Code of medical and sanitary regulations for the guidance of medical officers serving in the Madras Presidency - Volume I
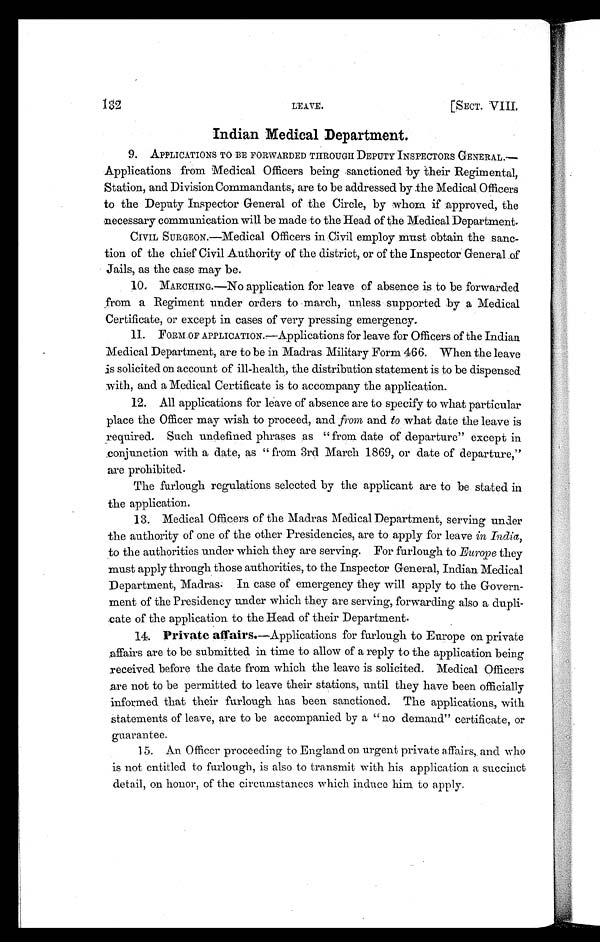
132
LEAVE. [SECT. VIII.
Indian Medical Department.
9. APPLICATIONS TO BE FORWARDED THROUGH DEPUTY INSPECTORS GENERAL.
— A p p l i c a t i o n s f r o m M e d i c a l O f f i c e r s b e i n g s a n c t i o n e d b y t h e i r R e g i m e n t a l ,
Station, and Division Commandants, are to be addressed by the Medical Officers
to the Deputy Inspector General of the Circle, by whom if approved, the
necessary communication will be made to the Head of the Medical Department.
CIVIL SURGEON.—Medical Officers in Civil employ must obtain the sanc-
tion of the chief Civil Authority of the district, or of the Inspector General of
Jails, as the case may be.
10. MARCHING.—No application for leave of absence is to be forwarded
from a Regiment under orders to march, unless supported by a Medical
Certificate, or except in cases of very pressing emergency.
11. FORM OF APPLICATION.—Applications for leave for Officers of the Indian
Medical Department, are to be in Madras Military Form 466. When the leave
is solicited on account of ill-health, the distribution statement is to be dispensed
with, and a Medical Certificate is to accompany the application.
12. All applications for leave of absence are to specify to what particular
place the Officer may wish to proceed, and from and to what date the leave is
required. Such undefined phrases as " from date of departure" except in
conjunction with a date, as " from 3rd March 1869, or date of departure,"
are prohibited.
The furlough regulations selected by the applicant are to be stated in
the application.
13. Medical Officers of the Madras Medical Department, serving under
the authority of one of the other Presidencies, are to apply for leave in India,
to the authorities under which they are serving. For furlough to Europe they
must apply through those authorities, to the Inspector General, Indian Medical
Department, Madras. In case of emergency they will apply to the Govern-
ment of the Presidency under which they are serving, forwarding also a dupli-
cate of the application to the Head of their Department.
14. Private affairs.—Applications for furlough to Europe on private
affairs are to be submitted in time to allow of a reply to the application being
received before the date from which the leave is solicited. Medical Officers
are not to be permitted to leave their stations, until they have been officially
informed that their furlough has been sanctioned. The applications, with
Statements of leave, are to be accompanied by a " no demand" certificate, or
guarantee.
15. An Officer proceeding to England on urgent private affairs, and who
is not entitled to furlough, is also to transmit with his application a succinct
detail, on honor, of the circumstances which induce him to apply.